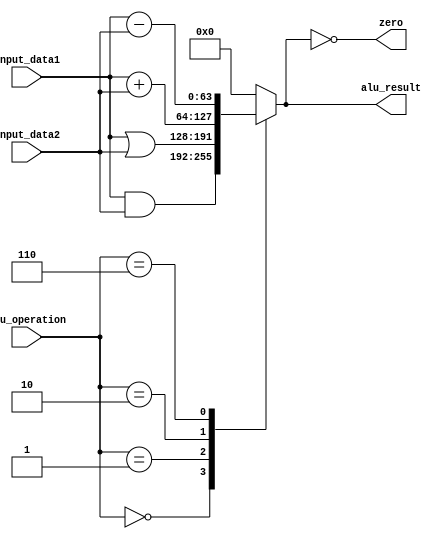
module alu(input [3:0]       alu_operation,
           input [63:0]      input_data1,
           input [63:0]      input_data2,
           output reg [63:0] alu_result,
           output zero);

  always @(*) 
    case (alu_operation)
      4'b0000 : alu_result = input_data1 & input_data2; //`ALU_OP_AND
      4'b0001 : alu_result = input_data1 | input_data2; //`ALU_OP_OR
      4'b0010 : alu_result = input_data1 + input_data2; //`ALU_OP_ADD
      4'b0110 : alu_result = input_data1 - input_data2; //`ALU_OP_SUB
      default : alu_result = 0;
    endcase

  assign zero = (alu_result == 64'b0);

endmodule